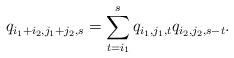
LaTeX: \begin{align*}q_{i_1+i_2,j_1+j_2,s}=\sum_{t=i_1}^{s}q_{i_1,j_1,t}q_{i_2,j_2,s-t}.\end{align*}